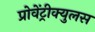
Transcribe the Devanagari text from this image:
प्रोवेंट्रीक्युलस